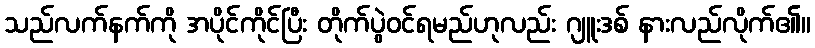
သည်လက်နက်ကို အပိုင်ကိုင်ပြီး တိုက်ပွဲဝင်ရမည်ဟုလည်း ဂျူးဒစ် နားလည်လိုက်၏။